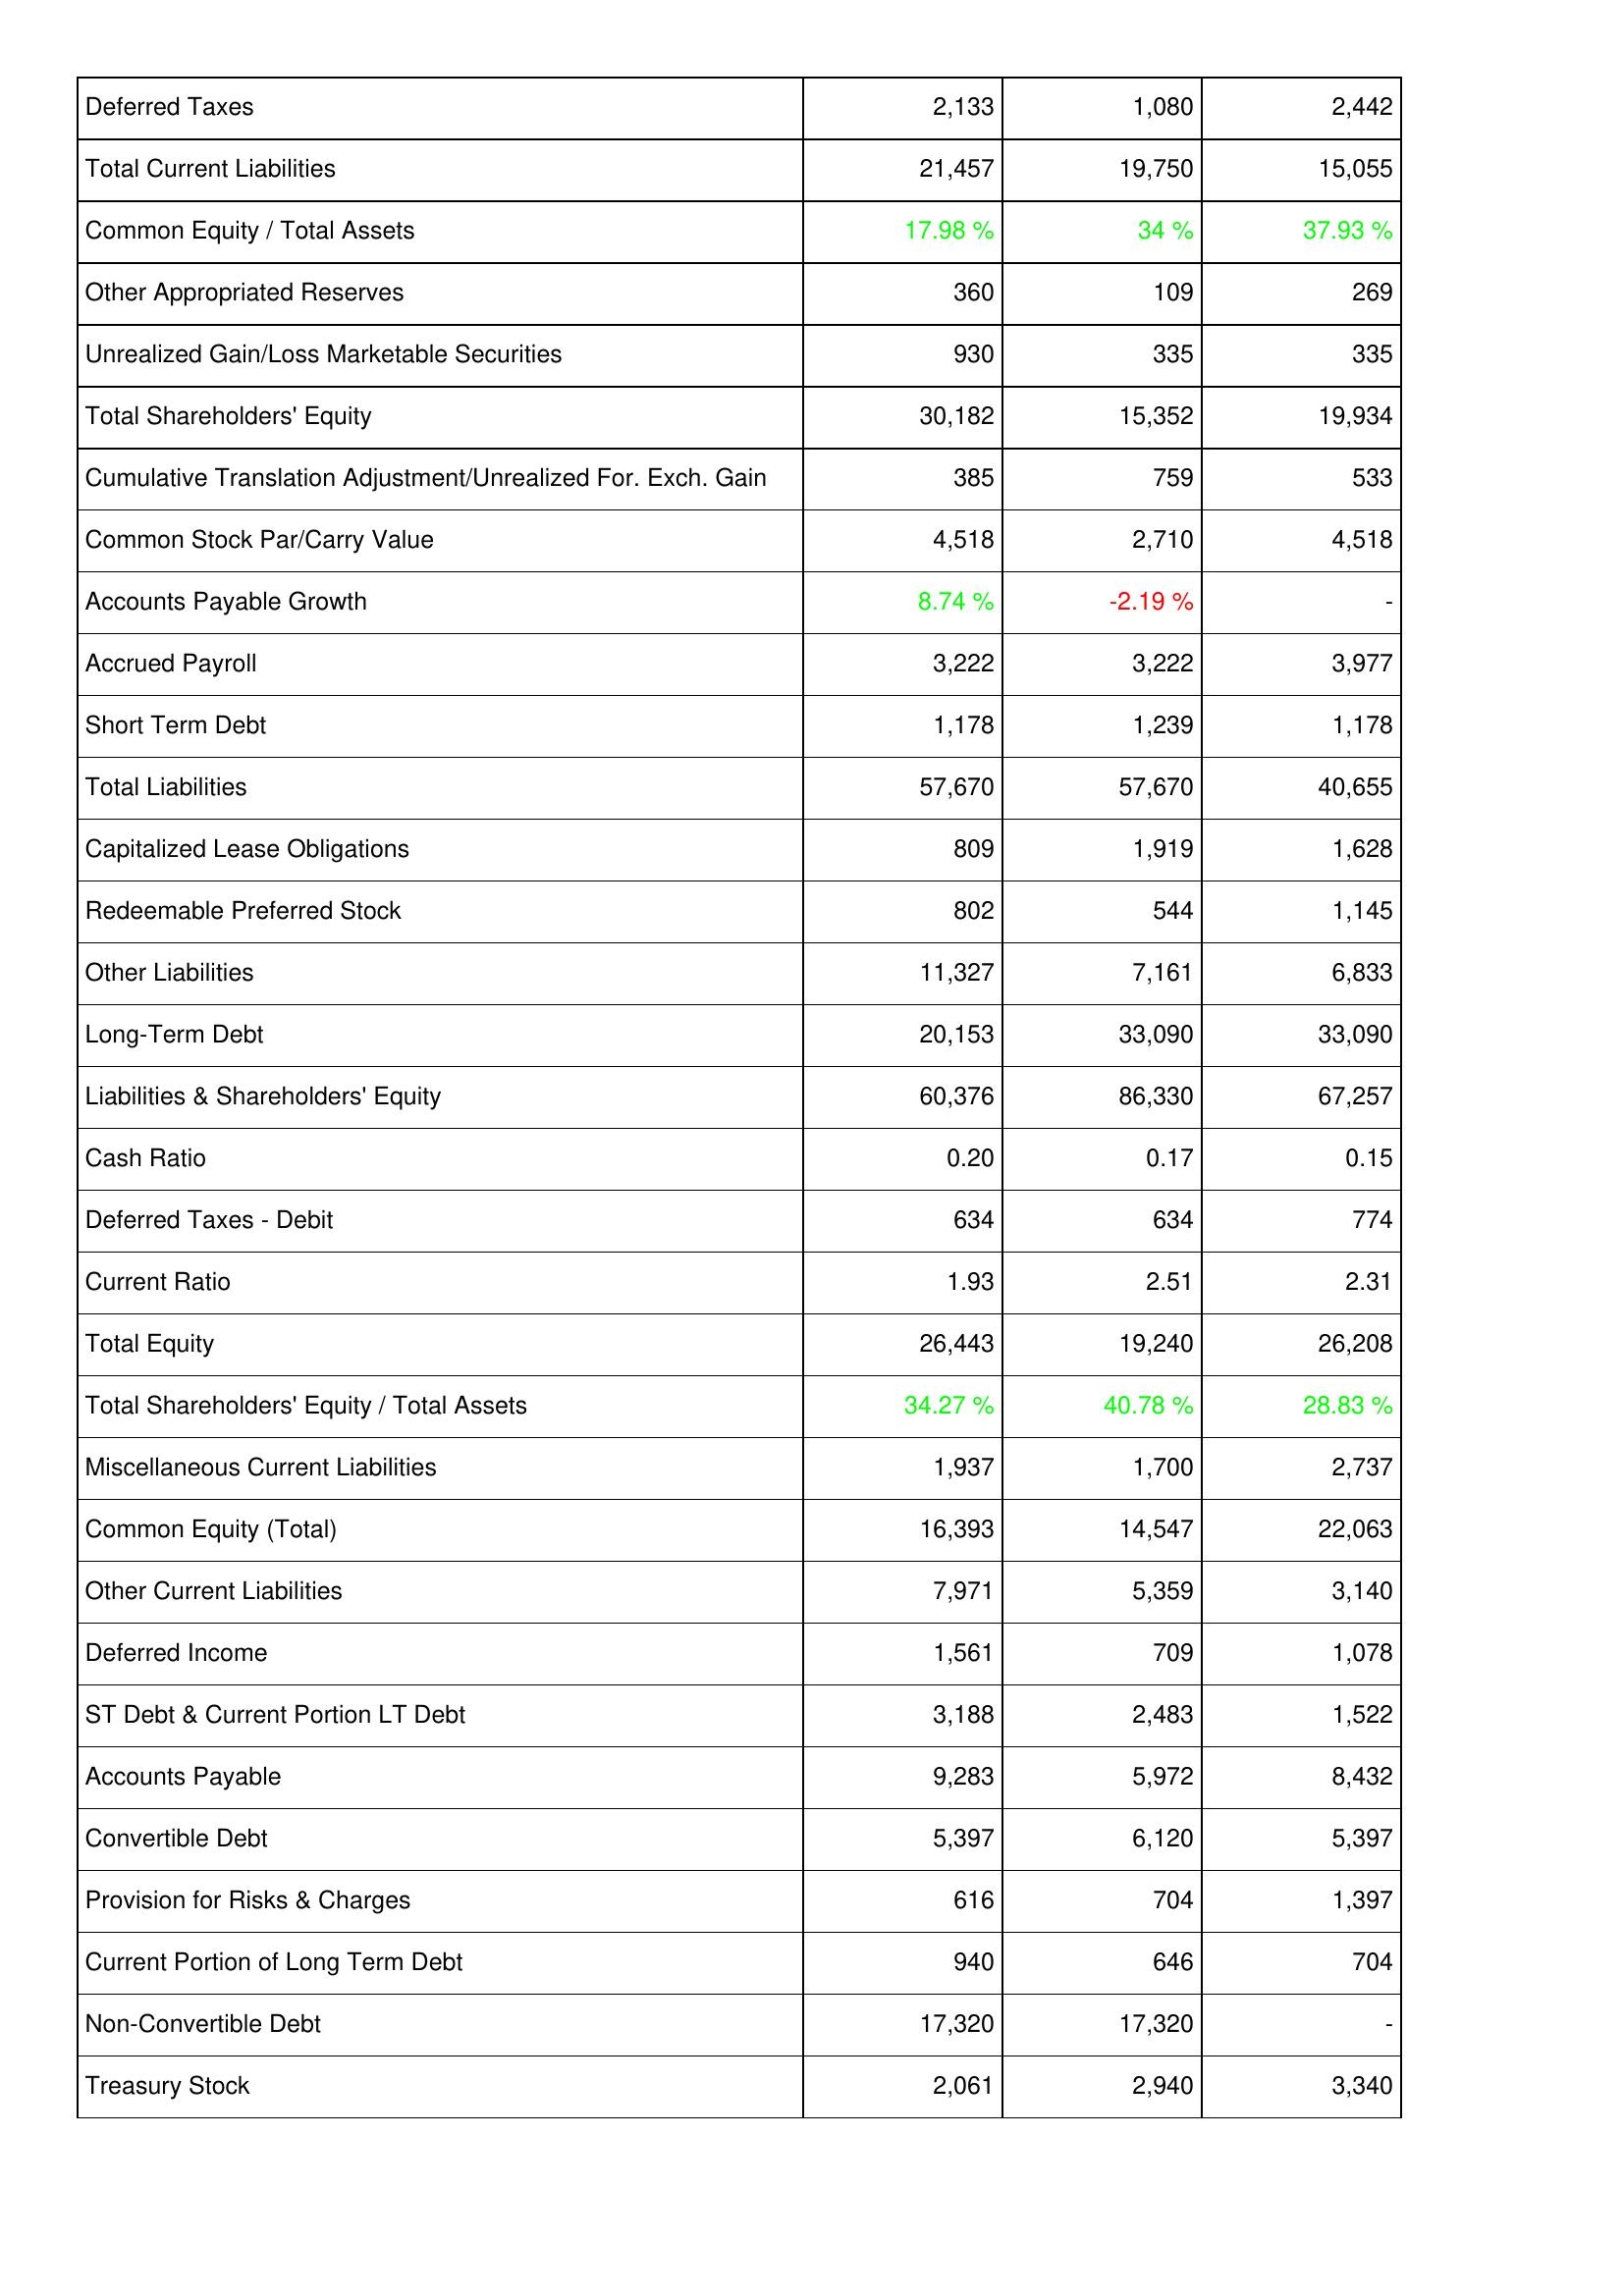
2017: Liabilities & Shareholders' Equity: Deferred Taxes: 2,133
Total Current Liabilities: 21,457
Common Equity / Total Assets: 17.98 %
Other Appropriated Reserves: 360
Unrealized Gain/Loss Marketable Securities: 930
Total Shareholders' Equity: 30,182
Cumulative Translation Adjustment/Unrealized For. Exch. Gain: 385
Common Stock Par/Carry Value: 4,518
Accounts Payable Growth: 8.74 %
Accrued Payroll: 3,222
Short Term Debt: 1,178
Total Liabilities: 57,670
Capitalized Lease Obligations: 809
Redeemable Preferred Stock: 802
Other Liabilities: 11,327
Long-Term Debt: 20,153
Liabilities & Shareholders' Equity: 60,376
Cash Ratio: 0.20
Deferred Taxes - Debit: 634
Current Ratio: 1.93
Total Equity: 26,443
Total Shareholders' Equity / Total Assets: 34.27 %
Miscellaneous Current Liabilities: 1,937
Common Equity (Total): 16,393
Other Current Liabilities: 7,971
Deferred Income: 1,561
ST Debt & Current Portion LT Debt: 3,188
Accounts Payable: 9,283
Convertible Debt: 5,397
Provision for Risks & Charges: 616
Current Portion of Long Term Debt: 940
Non-Convertible Debt: 17,320
Treasury Stock: 2,061
2018: Liabilities & Shareholders' Equity: Deferred Taxes: 1,080
Total Current Liabilities: 19,750
Common Equity / Total Assets: 34 %
Other Appropriated Reserves: 109
Unrealized Gain/Loss Marketable Securities: 335
Total Shareholders' Equity: 15,352
Cumulative Translation Adjustment/Unrealized For. Exch. Gain: 759
Common Stock Par/Carry Value: 2,710
Accounts Payable Growth: -2.19 %
Accrued Payroll: 3,222
Short Term Debt: 1,239
Total Liabilities: 57,670
Capitalized Lease Obligations: 1,919
Redeemable Preferred Stock: 544
Other Liabilities: 7,161
Long-Term Debt: 33,090
Liabilities & Shareholders' Equity: 86,330
Cash Ratio: 0.17
Deferred Taxes - Debit: 634
Current Ratio: 2.51
Total Equity: 19,240
Total Shareholders' Equity / Total Assets: 40.78 %
Miscellaneous Current Liabilities: 1,700
Common Equity (Total): 14,547
Other Current Liabilities: 5,359
Deferred Income: 709
ST Debt & Current Portion LT Debt: 2,483
Accounts Payable: 5,972
Convertible Debt: 6,120
Provision for Risks & Charges: 704
Current Portion of Long Term Debt: 646
Non-Convertible Debt: 17,320
Treasury Stock: 2,940
2019: Liabilities & Shareholders' Equity: Deferred Taxes: 2,442
Total Current Liabilities: 15,055
Common Equity / Total Assets: 37.93 %
Other Appropriated Reserves: 269
Unrealized Gain/Loss Marketable Securities: 335
Total Shareholders' Equity: 19,934
Cumulative Translation Adjustment/Unrealized For. Exch. Gain: 533
Common Stock Par/Carry Value: 4,518
Accounts Payable Growth: -
Accrued Payroll: 3,977
Short Term Debt: 1,178
Total Liabilities: 40,655
Capitalized Lease Obligations: 1,628
Redeemable Preferred Stock: 1,145
Other Liabilities: 6,833
Long-Term Debt: 33,090
Liabilities & Shareholders' Equity: 67,257
Cash Ratio: 0.15
Deferred Taxes - Debit: 774
Current Ratio: 2.31
Total Equity: 26,208
Total Shareholders' Equity / Total Assets: 28.83 %
Miscellaneous Current Liabilities: 2,737
Common Equity (Total): 22,063
Other Current Liabilities: 3,140
Deferred Income: 1,078
ST Debt & Current Portion LT Debt: 1,522
Accounts Payable: 8,432
Convertible Debt: 5,397
Provision for Risks & Charges: 1,397
Current Portion of Long Term Debt: 704
Non-Convertible Debt: -
Treasury Stock: 3,340